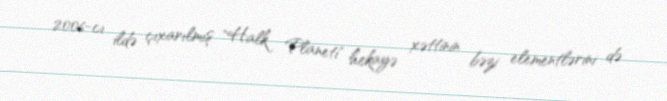
2006-cı ildə çıxarılmış "Halk Planeti" hekayə xəttinin bəzi elementlərini də